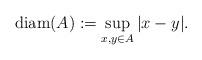
LaTeX: \begin{align*}\textrm{diam} (A) := \sup_{x,y \in A} |x-y|.\end{align*}